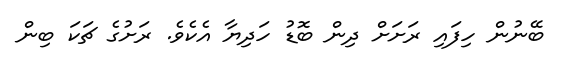
ބޭނުން ހިފައި ރަށަށް ދިން ބޮޑު ހަދިޔާ އެކެވެ. ރަށުގެ ޗަކަ ބިން